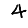
Digit: 4